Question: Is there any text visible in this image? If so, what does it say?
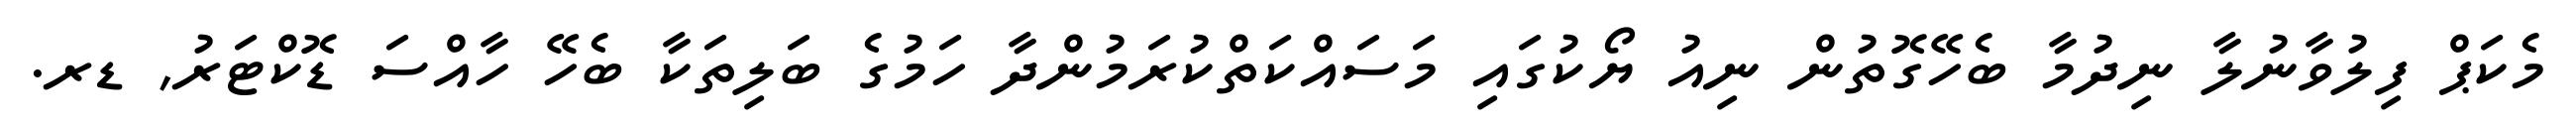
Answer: މެކަޕް ފިލުވާނުލާ ނިދުމާ ބެހޭގޮތުން ނިއު ޔޯކުގައި މަސައްކަތްކުރަމުންދާ ހަމުގެ ބަލިތަކާ ބެހޭ ހާއްސަ ޑޮކްޓަރު, ޑރ.